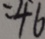
= 4 6